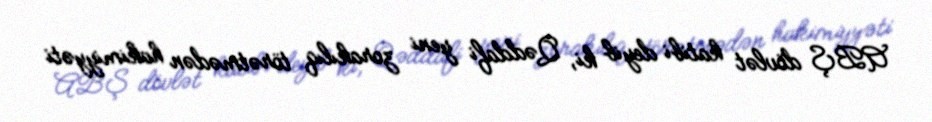
ABŞ dövlət katibi deyib ki, Qəddafi yeni zorakılıq törətmədən hakimiyyəti